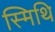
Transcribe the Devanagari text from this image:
स्मिथि